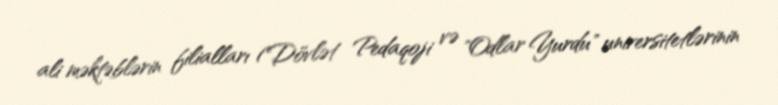
ali məktəblərin filialları (Dövlət Pedaqoji və "Odlar Yurdu" universitetlərinin